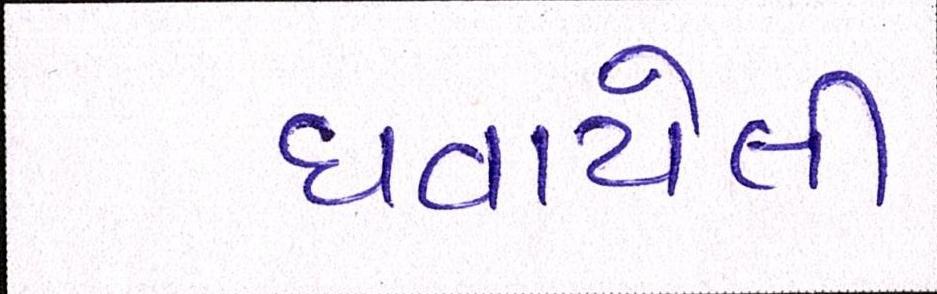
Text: ઘવાયેલી